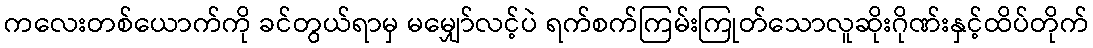
ကလေးတစ်ယောက်ကို ခင်တွယ်ရာမှ မမျှော်လင့်ပဲ ရက်စက်ကြမ်းကြုတ်သောလူဆိုးဂိုဏ်းနှင့်ထိပ်တိုက်